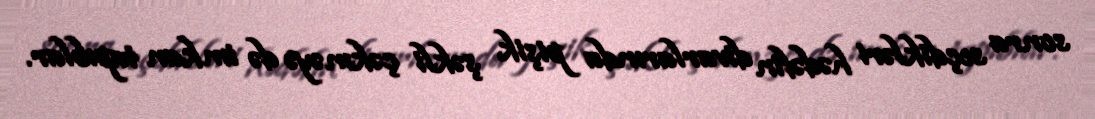
sonra seçdikləri hədəfin divarlarında pişik şəkli çəkməyə də imkan tapıblar.